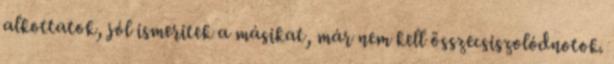
alkottatok, jól ismeritek a másikat, már nem kell összecsiszolódnotok.